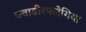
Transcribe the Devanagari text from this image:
क्वाडीरपलेगिया